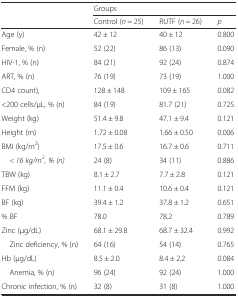
<table><thead><tr><td></td><td colspan="3"><b>Groups</b></td></tr><tr><td></td><td><b>Control (<i>n</i> = 25)</b></td><td><b>RUTF (<i>n</i> = 26)</b></td><td><b><i>p</i></b></td></tr></thead><tbody><tr><td>Age (y)</td><td>42 ± 12</td><td>40 ± 12</td><td>0.800</td></tr><tr><td>Female, % (n)</td><td>52 (22)</td><td>86 (13)</td><td>0.090</td></tr><tr><td>HIV-1, % (n)</td><td>84 (21)</td><td>92 (24)</td><td>0.874</td></tr><tr><td>ART, % (n)</td><td>76 (19)</td><td>73 (19)</td><td>1.000</td></tr><tr><td>CD4 count),</td><td>128 ± 148</td><td>109 ± 165</td><td>0.082</td></tr><tr><td>&lt;200 cells/μL, % (n)</td><td>84 (19)</td><td>81.7 (21)</td><td>0.725.</td></tr><tr><td>Weight (kg)</td><td>51.4 ± 9.8</td><td>47.1 ± 9.4</td><td>0.121</td></tr><tr><td>Height (m)</td><td>1.72 ± 0.08</td><td>1.66 ± 0.50</td><td>0.006</td></tr><tr><td>BMI (kg/m<sup>2</sup>)</td><td>17.5 ± 0.6</td><td>16.7 ± 0.6</td><td>0.711</td></tr><tr><td> <i>&lt; 16 kg/m</i><sup><i>2</i></sup><i>, % (n)</i></td><td>24 (8)</td><td>34 (11)</td><td>0.886</td></tr><tr><td>TBW (kg)</td><td>8.1 ± 2.7</td><td>7.7 ± 2.8</td><td>0.121</td></tr><tr><td>FFM (kg)</td><td>11.1 ± 0.4</td><td>10.6 ± 0.4</td><td>0.121</td></tr><tr><td>BF (kg)</td><td>39.4 ± 1.2</td><td>37.8 ± 1.2</td><td>0.651</td></tr><tr><td>% BF</td><td>78.0</td><td>78.2</td><td>0.789</td></tr><tr><td>Zinc (μg/dL)</td><td>68.1 ± 29.8</td><td>68.7 ± 32.4</td><td>0.992</td></tr><tr><td> Zinc deficiency, % (n)</td><td>64 (16)</td><td>54 (14)</td><td>0.765</td></tr><tr><td>Hb (μg/dL)</td><td>8.5 ± 2.0</td><td>8.4 ± 2.2</td><td>0.084</td></tr><tr><td> Anemia, % (n)</td><td>96 (24)</td><td>92 (24)</td><td>1.000</td></tr><tr><td>Chronic infection, % (n)</td><td>32 (8)</td><td>31 (8)</td><td>1.000</td></tr></tbody></table>